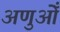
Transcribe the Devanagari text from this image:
अणुओँ